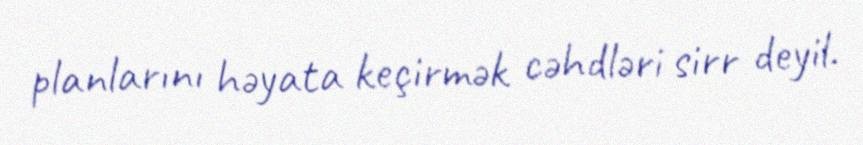
planlarını həyata keçirmək cəhdləri sirr deyil.